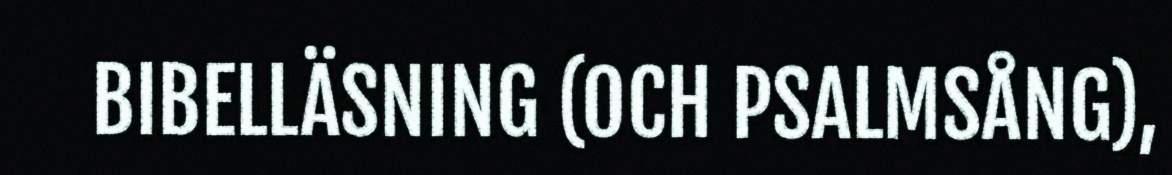
BIBELLÄSNING (OCH PSALMSÅNG),